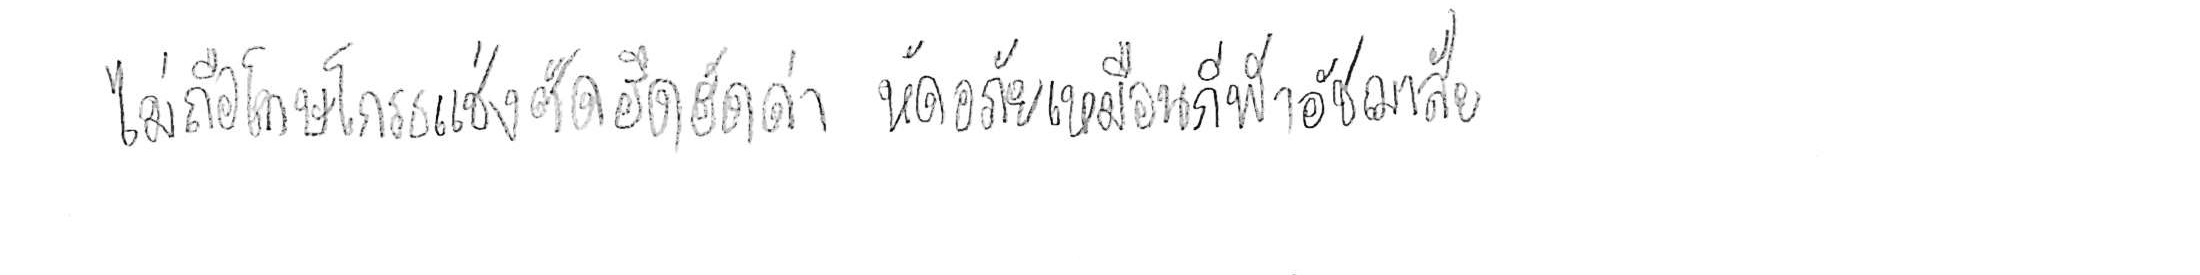
ไม่ถือโทษโกรธแช่งซัดฮึดฮัดด่า หัดอภัยเหมือนกีฬาอัชฌาสัย